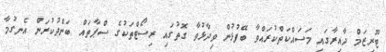
ޓޫރިޒަމް ދާއިރާގައި މަސައްކަތްކުރައްވާ ބޭފުޅުން ވިދާޅުވާ ގޮތުގައި ރިސޯޓްތަކުގެ ސްޕާތައް ބަންދުކުރަން އެނގުމާ